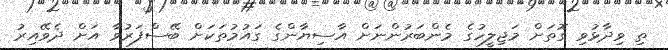
ތި ވިދާޅުވި ގޮތަށް މަޖިލީހުގެ މެންބަރުންނަށް އާސިޔާންގެ ގައުމުތަކަށް ބޭސްފަރުވާ އަށް ދެވޭއިރު